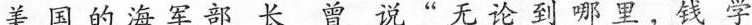
美国的海军部长曾说”无论到哪里，钱学